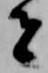
者